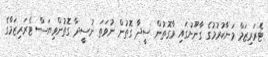
ޓެރަރިޒަމް މަނާކުރުމުގެ ގާނޫނުގައި ވާގޮތުން ސީދާ ގޮތުން ނުވަތަ ނުސީދާ ގޮތުންވިޔަސް ޓެރަރިޒަމްގެ